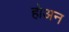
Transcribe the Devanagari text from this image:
होअन